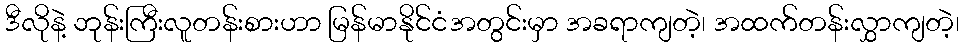
ဒီလိုနဲ့ ဘုန်းကြီးလူတန်းစားဟာ မြန်မာနိုင်ငံအတွင်းမှာ အခရာကျတဲ့၊ အထက်တန်းလွှာကျတဲ့၊